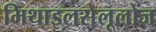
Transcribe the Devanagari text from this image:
मिथाइलसेलूलोज